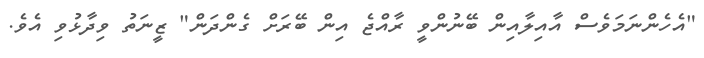
"އެހެންނަމަވެސް އާއިލާއިން ބޭނުންވީ ރާއްޖެ އިން ބޭރަށް ގެންދަން" ޒީނަތު ވިދާޅުވި އެވެ.